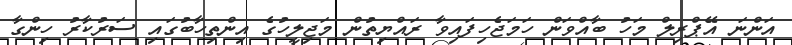
އަންނަ އޭޕްރިލް މަހު ބާއްވަން ހަމަޖެހިފައިވާ ރައްޔިތުން މަޖިލީހުގެ އިންތިހާބުގައި ސަރުކާރު ހިންގާ